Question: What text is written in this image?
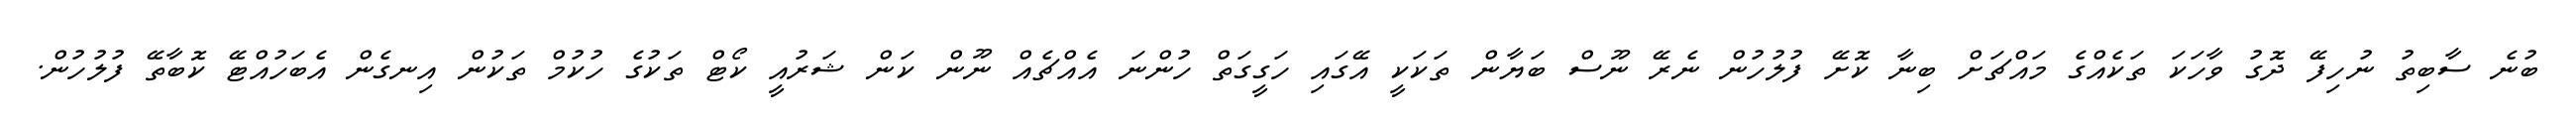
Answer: ބުނެ ސާބިތު ނުހިފޭ ދޮގު ވާހަކަ ތަކެއްގެ މައްޗަށް ބިނާ ކޮށޭ ފުލުހުން ނެރޭ ނޫސް ބަޔާން ތަކަކީ އޭގައި ހަގީގަތް ހުންނަ އެއްޗެއް ނޫން ކަން ޝަރުއީ ކޯޓް ތަކުގެ ހުކުމް ތަކުން އިނގެން އެބަހުއްޓޭ ކޮބާތޭ ފުލުހުން.